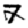
Digit: 7